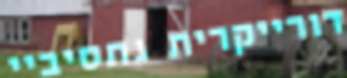
דורייקרית גתסיביי